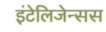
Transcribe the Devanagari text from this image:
इंटेलिजेन्सस